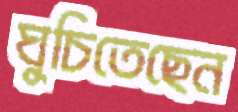
ঘুচিতেছেন